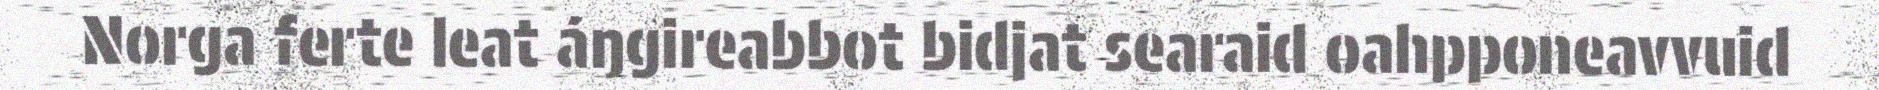
Norga ferte leat áŋgireabbot bidjat searaid oahpponeavvuid